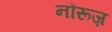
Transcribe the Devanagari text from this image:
नौरूज़